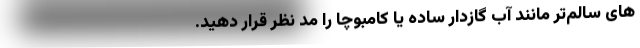
های سالم‌تر مانند آب گازدار ساده یا کامبوچا را مد نظر قرار دهید.